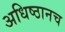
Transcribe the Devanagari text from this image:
अधिष्ठानच